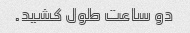
دو ساعت طول کشید.